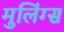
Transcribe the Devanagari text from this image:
मुलिंग्स